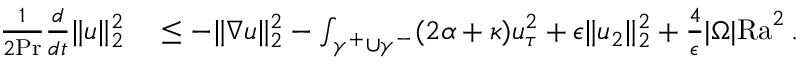
\begin{array} { r l } { \frac { 1 } { 2 \mathrm { { P r } } } \frac { d } { d t } \| u \| _ { 2 } ^ { 2 } } & { { } \leq - \| \nabla u \| _ { 2 } ^ { 2 } - \int _ { \gamma ^ { + } \cup \gamma ^ { - } } ( 2 \alpha + \kappa ) u _ { \tau } ^ { 2 } + \epsilon \| u _ { 2 } \| _ { 2 } ^ { 2 } + \frac { 4 } { \epsilon } | \Omega | \mathrm { { R a } } ^ { 2 } \, . } \end{array}